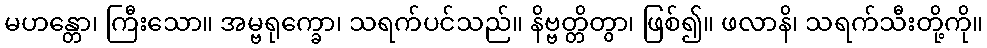
မဟန္တော၊ ကြီးသော။ အမ္ဗရုက္ခော၊ သရက်ပင်သည်။ နိဗ္ဗတ္တိတွာ၊ ဖြစ်၍။ ဖလာနိ၊ သရက်သီးတို့ကို။